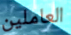
العاملين